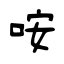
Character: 咹